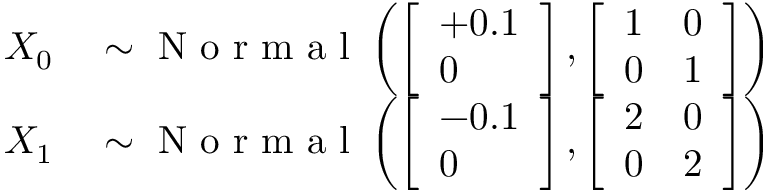
\begin{array} { r l } { X _ { 0 } } & { { } \sim \mathrm { ~ N ~ o ~ r ~ m ~ a ~ l ~ } \left( \left[ \begin{array} { l } { + 0 . 1 } \\ { 0 } \end{array} \right] , \left[ \begin{array} { l l } { 1 } & { 0 } \\ { 0 } & { 1 } \end{array} \right] \right) } \\ { X _ { 1 } } & { { } \sim \mathrm { ~ N ~ o ~ r ~ m ~ a ~ l ~ } \left( \left[ \begin{array} { l } { - 0 . 1 } \\ { 0 } \end{array} \right] , \left[ \begin{array} { l l } { 2 } & { 0 } \\ { 0 } & { 2 } \end{array} \right] \right) } \end{array}